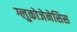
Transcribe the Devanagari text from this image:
ग्लुकोजेनेसिस